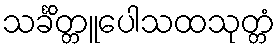
သင်္ခိတ္တူပေါသထသုတ္တံ